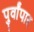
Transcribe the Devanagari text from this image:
पुर्वांपार